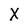
Character: X